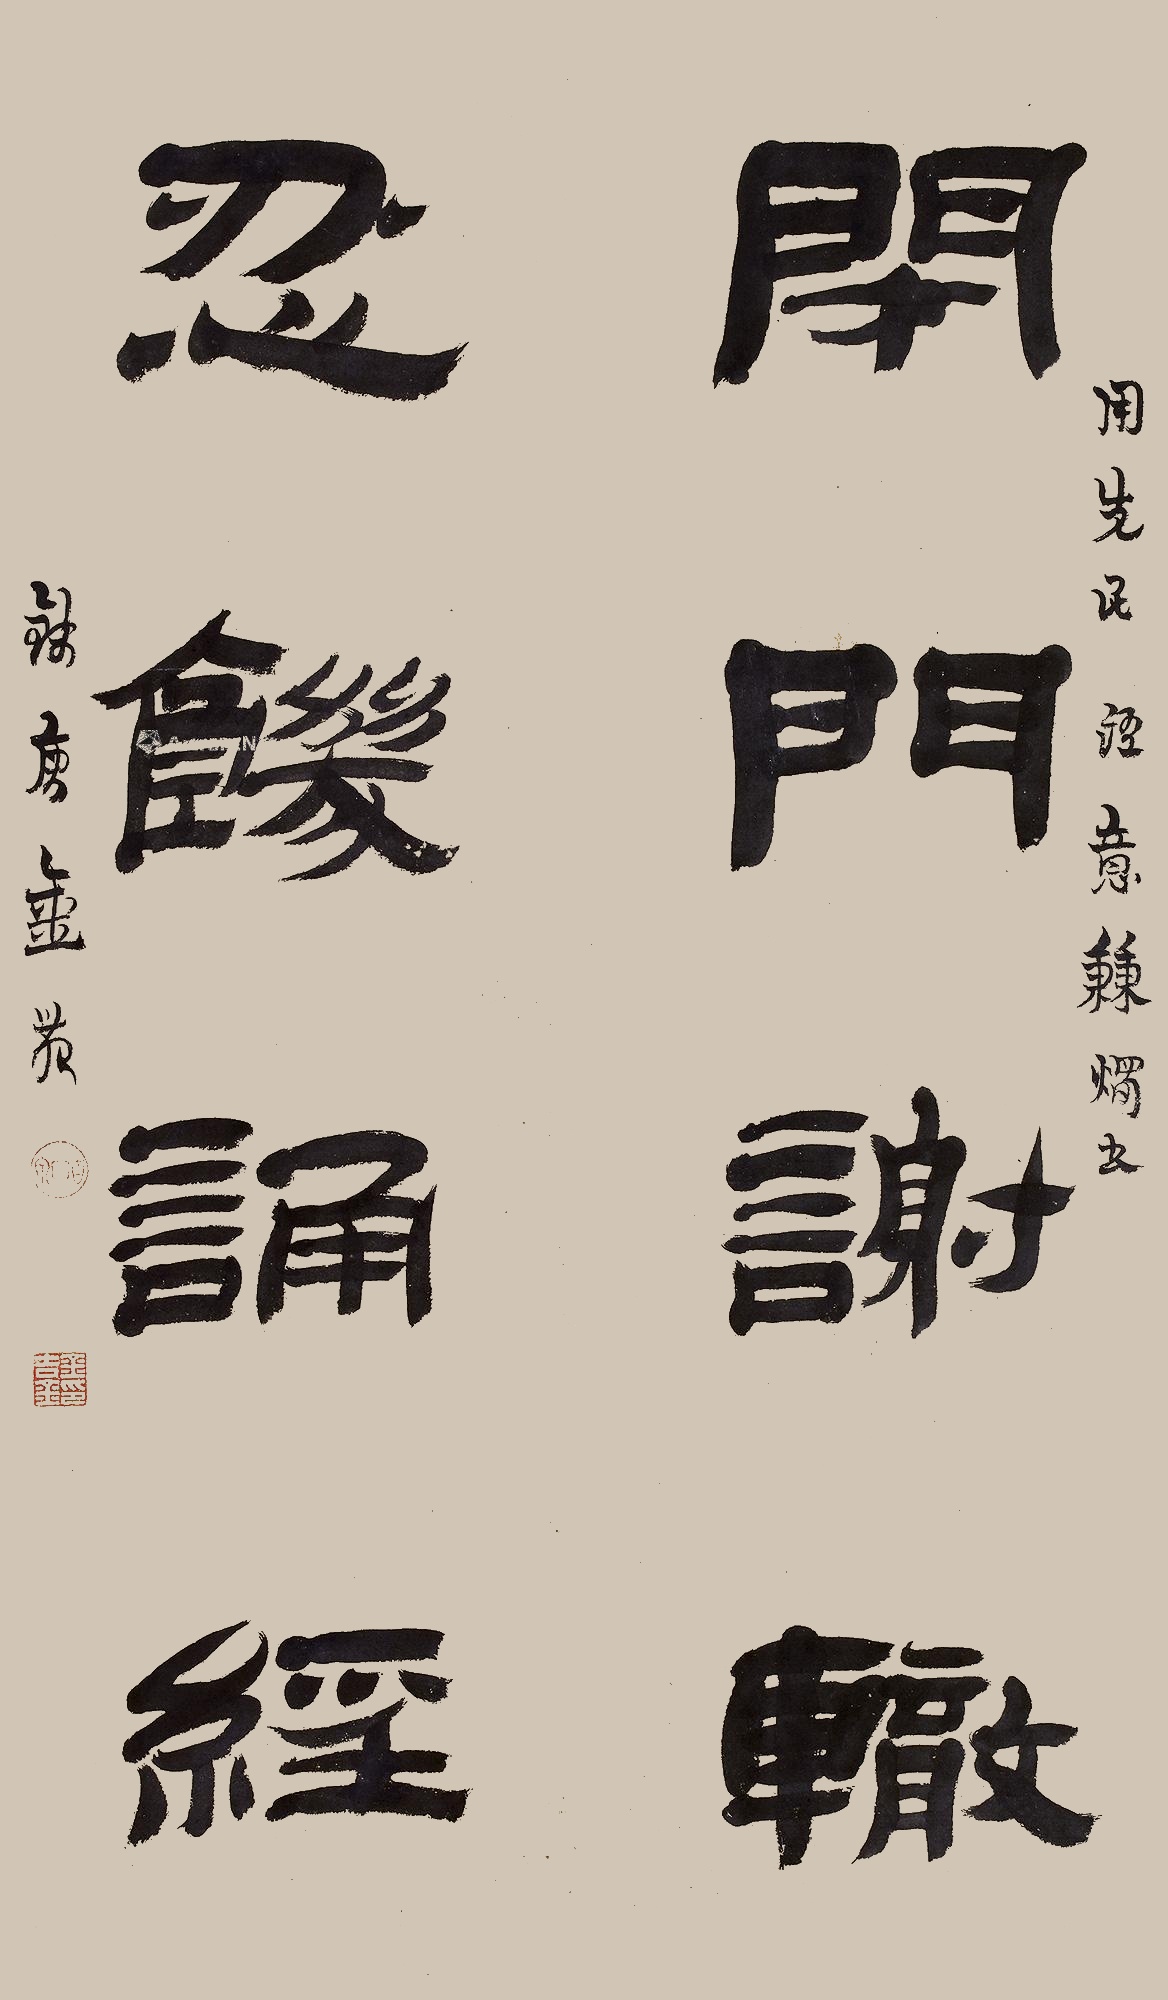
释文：闭门谢辙，忍饿诵经。用先民经意，秉烛书，钱塘金农。